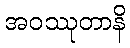
အဝဿုတာနိ